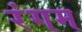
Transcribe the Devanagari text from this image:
रंगम